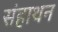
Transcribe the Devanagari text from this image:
संहाथन